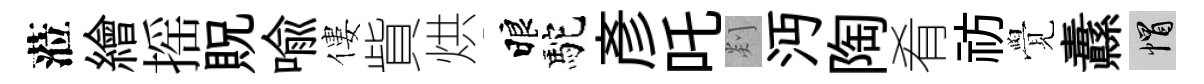
蒞繪摇貺喩僂貲烘睱駝彥吒剡沔陶肴祊覺纛帽